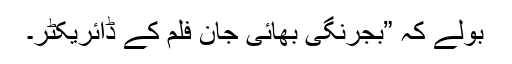
بولے کہ ”بجرنگی بھائی جان فلم کے ڈائریکٹر۔